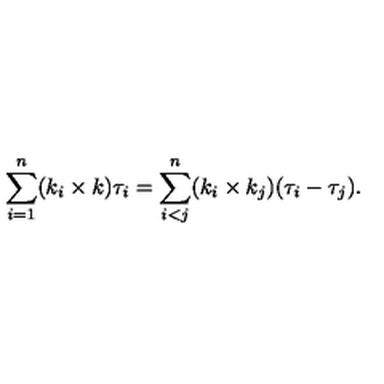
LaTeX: \sum _ { i = 1 } ^ { n } ( k _ { i } \times k ) \tau _ { i } = \sum _ { i < j } ^ { n } ( k _ { i } \times k _ { j } ) ( \tau _ { i } - \tau _ { j } ) .